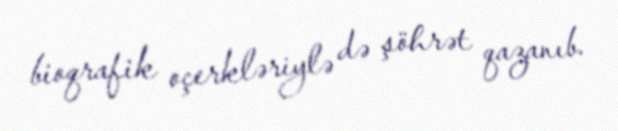
bioqrafik oçerkləriylə də şöhrət qazanıb.